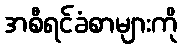
အစီရင်ခံစာများကို